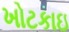
ખોટકાઇ